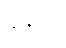
ချိန်ညှိ